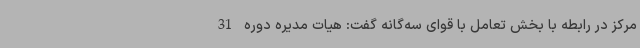
مرکز در رابطه با بخش تعامل با قوای سه‌گانه گفت: هیات مدیره دوره 31